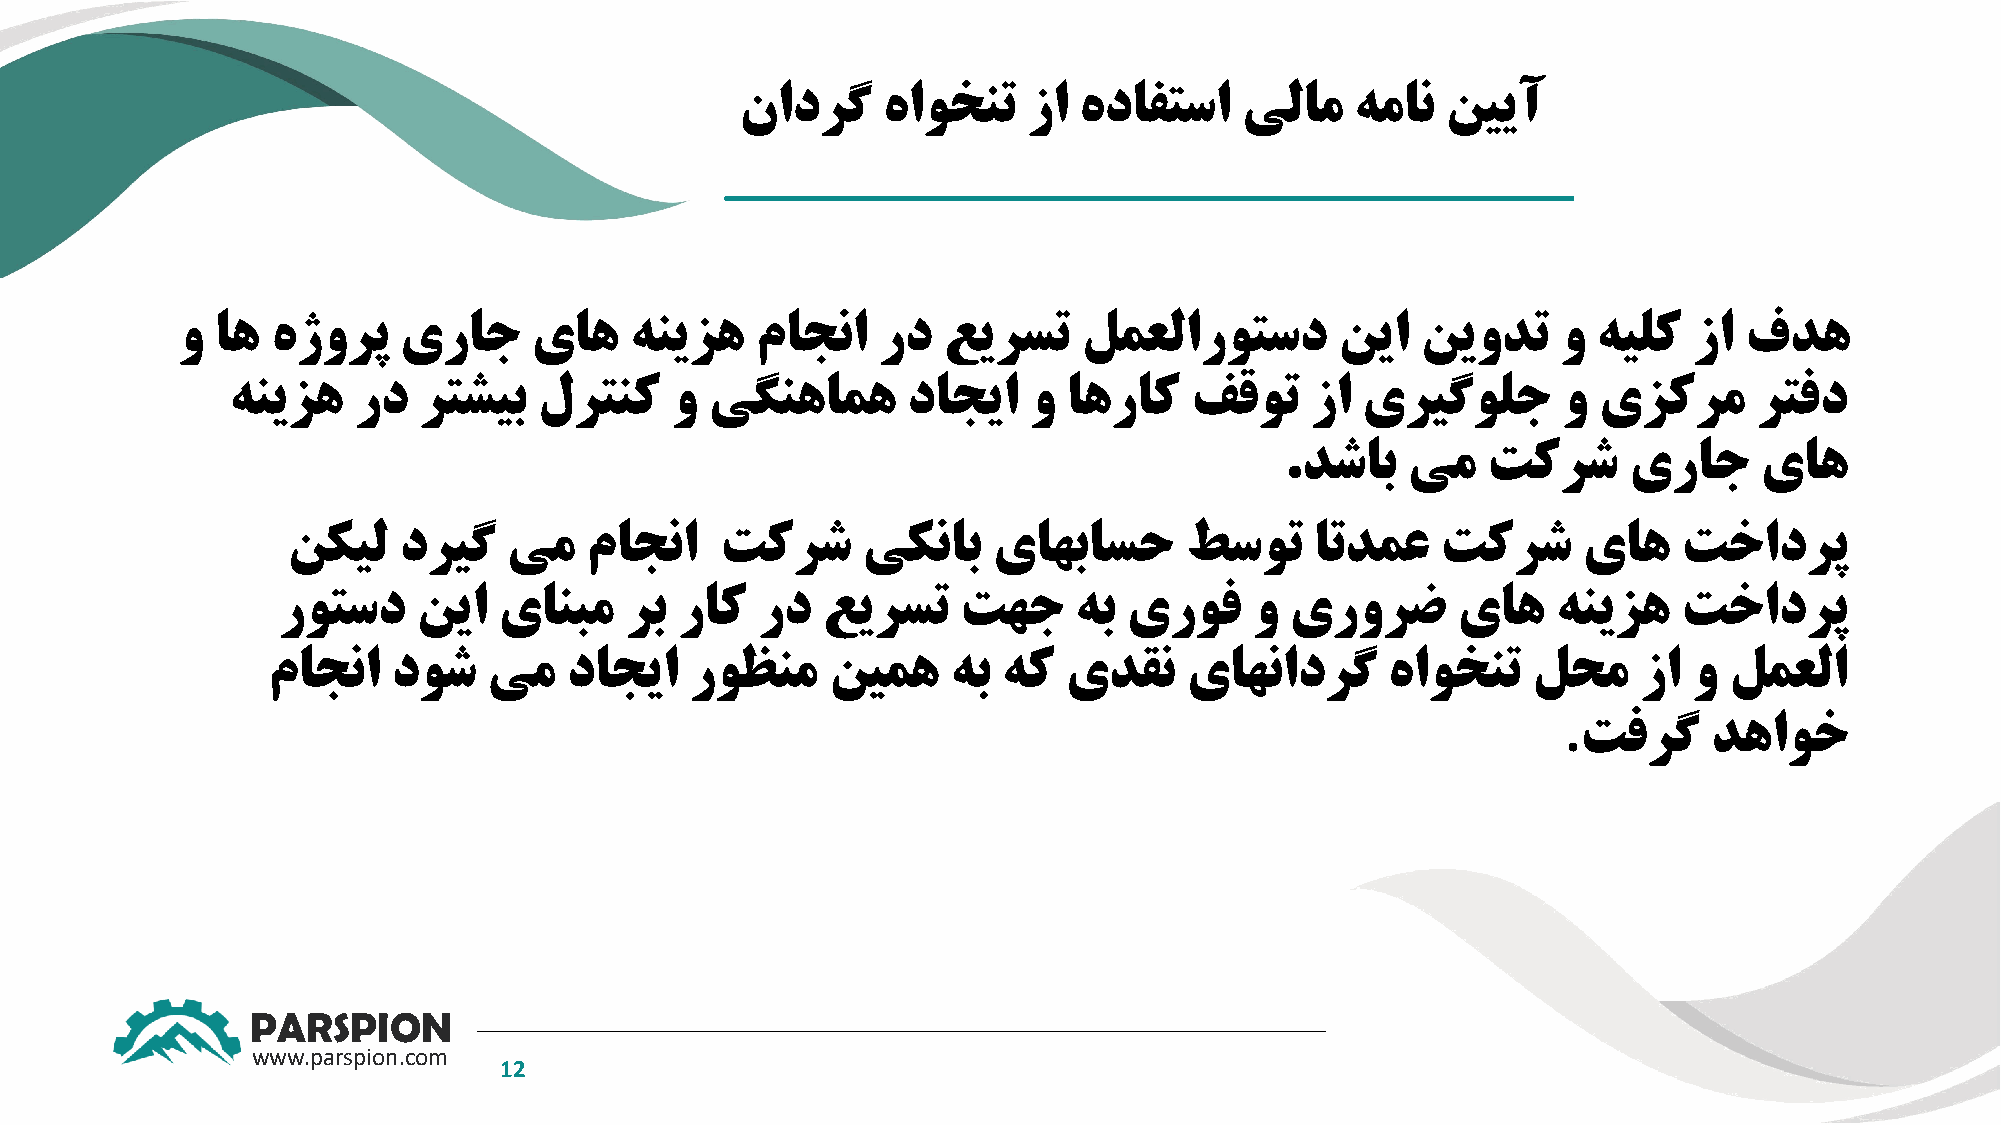
نادرگ    هاوخنت    زا هدافتسا    یلام    همان  نییآ
 و اه  هژورپ   یراج     یاه    هنیزه   ماجنا   رد  عیرست     لمعلاروتسد       نیا  نیودت    و  هیلک  زا فده
 هنیزه   رد   رتشیب   لرتنک   و  یگنهامه      داجیا   و  اهراک   فقوت    زا یریگولج      و  یزکرم     رتفد
 .دشاب   یم   تکرش      یراج     یاه
 نکیل   دریگ    یم   ماجنا    تکرش     یکناب    یاهباسح     طسوت     اتدمع   تکرش      یاه   تخادرپ
 روتسد     نیا  یانبم   رب  راک  رد  عیرست     تهج    هب  یروف    و یرورض      یاه    هنیزه   تخادرپ
 ماجنا   دوش   یم   داجیا    روظنم    نیمه    هب هک   یدقن    یاهنادرگ     هاوخنت   لحم     زا و لمعلا
 .
 تفرگ    دهاوخ
 PARSPION
 www.parspion.com
 12